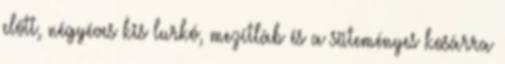
előtt, négyéves kis lurkó, mezítláb és a süteményes kosárra